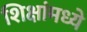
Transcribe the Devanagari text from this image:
शिक्षांमध्ये